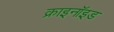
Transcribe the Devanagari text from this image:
क्राइनॉइड